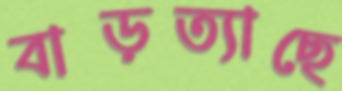
বাড়ত্যাছে